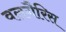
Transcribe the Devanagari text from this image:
वलगैरिस